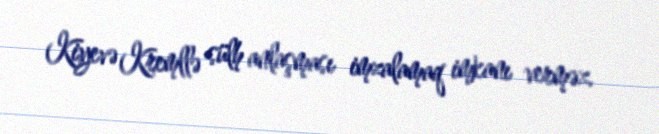
Kiyevə Kremllə sülh anlaşması imzalamaq imkanı verməz.